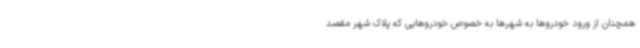
همچنان از ورود خودروها به شهرها به خصوص خودروهایی که پلاک شهر مقصد